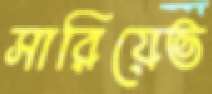
সারিয়েভ